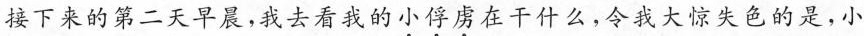
接下来的第二天早晨，我去看我的\underset{·}{小}\underset{·}{俘}\underset{·}{虏}在干什么，令我大惊失色的是，小